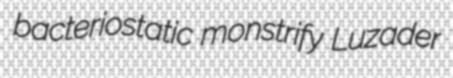
bacteriostatic monstrify Luzader